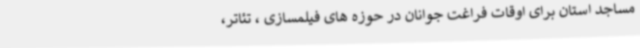
مساجد استان برای اوقات فراغت جوانان در حوزه های فیلمسازی ، تئاتر،